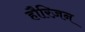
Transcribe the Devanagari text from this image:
हौरिज़न